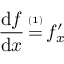
{ \frac { \operatorname { d } \! f } { \operatorname { d } \! x } } \, { \overset { \underset { \mathrm { ( 1 ) } } { } } { = } } \, f _ { x } ^ { \prime }